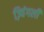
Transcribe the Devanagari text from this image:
ज़्विंगली